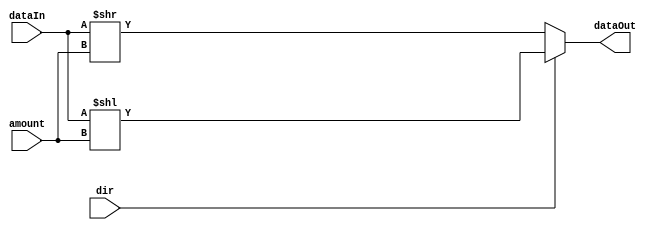
`timescale 1ns / 1ps
//////////////////////////////////////////////////////////////////////////////////
// Company: 
// Engineer: 
// 
// Design Name: 
// Module Name:    shifter 
// Project Name: 
// Target Devices: 
// Tool versions: 
// Description: 
//
// Dependencies: 
//
// Revision: 
// Revision 0.01 - File Created
// Additional Comments: 
//
//////////////////////////////////////////////////////////////////////////////////
module shifter(dataIn,amount,dir,dataOut);

function integer log2;
  input integer value;
  begin
    value = value-1;
    for (log2=0; value>0; log2=log2+1)
      value = value>>1;
  end
endfunction

   parameter data_width_in = 8;
	parameter shiftAmount = 10;
	localparam shiftBits = log2(shiftAmount);	
	parameter data_width_out = shiftAmount+data_width_in;
	
	input dir;
	input signed[data_width_in-1:0] dataIn;
	input[shiftBits-1:0] amount;
	output signed[data_width_out-1:0] dataOut;

	assign dataOut = (dir) ? dataIn << amount : dataIn >> amount;
			
endmodule